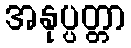
အနုပ္ပတ္တာ